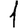
Digit: 1